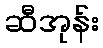
ဆီအုန်း